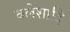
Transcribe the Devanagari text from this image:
क्लेशादि